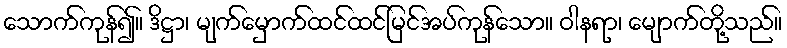
သောက်ကုန်၍။ ဒိဋ္ဌာ၊ မျက်မှောက်ထင်ထင်မြင်အပ်ကုန်သော။ ဝါနရာ၊ မျောက်တို့သည်။